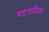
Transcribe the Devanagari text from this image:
पटरानियां